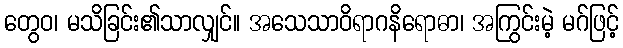
တွေဝ၊ မသိခြင်း၏သာလျှင်။ အသေသာဝိရာဂနိရောဓာ၊ အကြွင်းမဲ့ မဂ်ဖြင့်